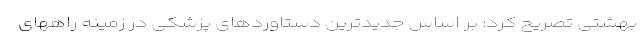
بهشتی تصریح کرد: بر اساس جدیدترین دستاوردهای پزشکی در زمینه راههای